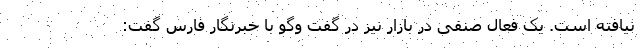
نیافته است. یک فعال صنفی در بازار نیز در گفت وگو با خبرنگار فارس گفت: